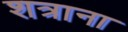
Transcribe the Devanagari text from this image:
शत्राना